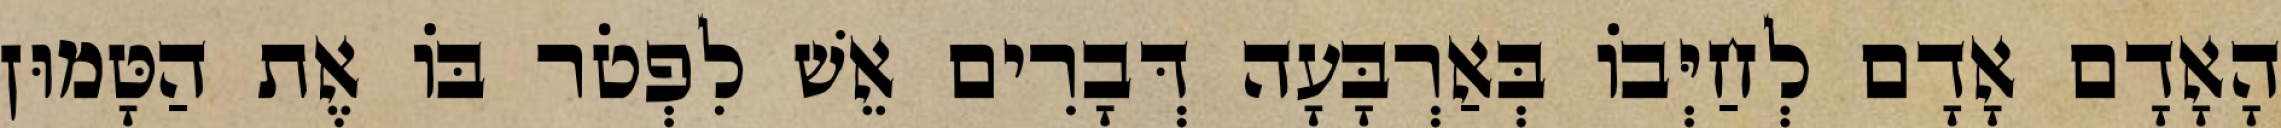
הָאָדָם אָדָם לְחַיְּבוֹ בְּאַרְבָּעָה דְּבָרִים אֵשׁ לִפְטֹר בּוֹ אֶת הַטָּמוּן